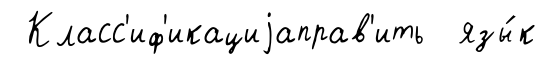
Класс'иф'икациjаправ'ить язы́к